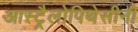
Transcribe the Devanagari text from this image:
आस्ट्रैलोपिथेसीनी